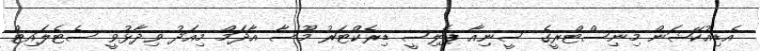
އެޑިއުކޭޝަން މިނިސްޓްރީގެ ސީނިއާ ޕޮލިސީ ޑިރެކްޓަރު މޫސާ އާދަމް މިއަދު ވިދާޅުވީ ސެޓެލައިޓް